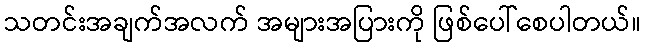
သတင်းအချက်အလက် အများအပြားကို ဖြစ်ပေါ်စေပါတယ်။